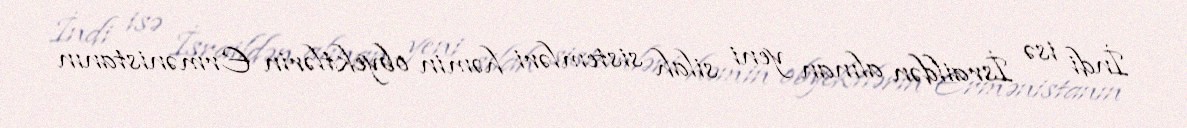
İndi isə İsraildən alınan yeni silah sistemləri həmin obyektlərin Ermənistanın